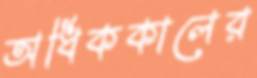
অধিককালের